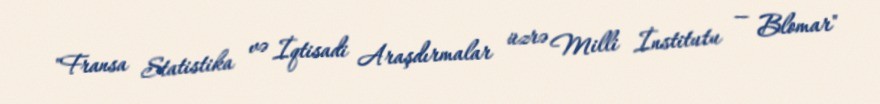
"Fransa Statistika və İqtisadi Araşdırmalar üzrə Milli İnstitutu — Blomar"